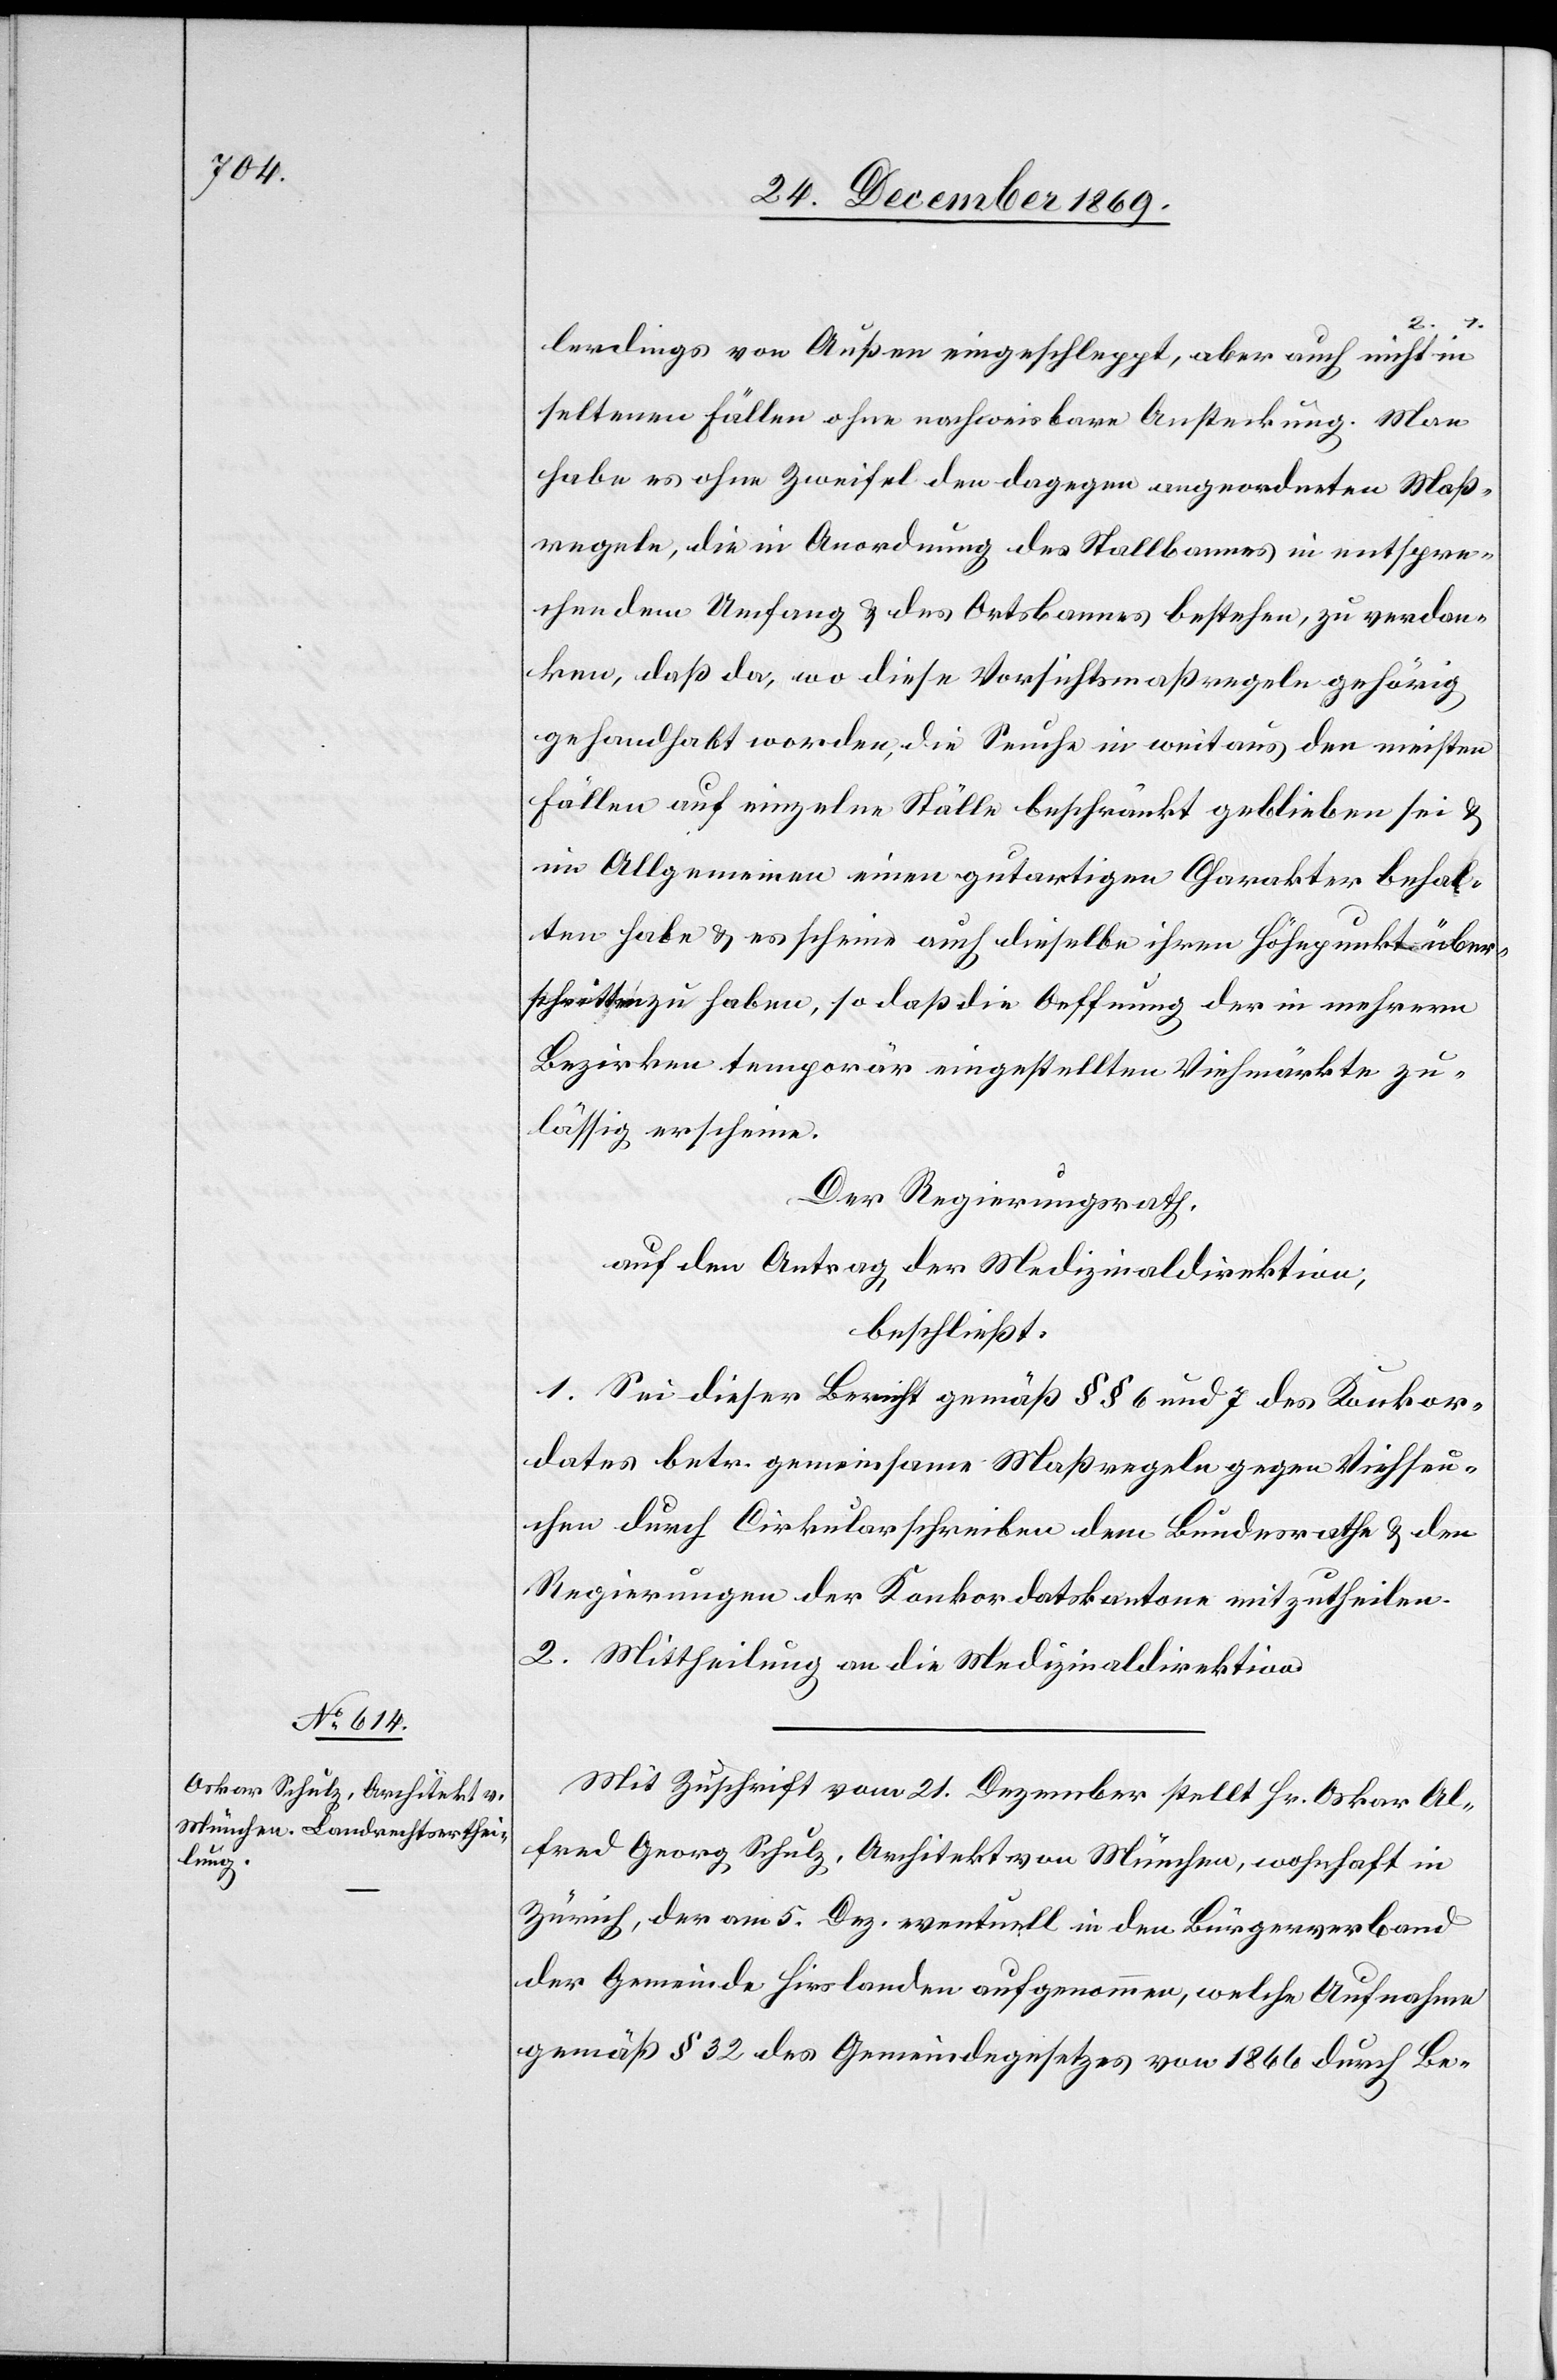
lerdings von Außen eingeschleppt, aber auch in nicht
seltenen Fällen ohne nachweisbare Ansteckung. Man
habe es ohne Zweifel den dagegen angeordneten Maß¬
regeln, die in Anordnung des Stallbannes in entspre¬
chendem Umfang & des Ortsbannes bestehen, zu verdan¬
ken, daß da, wo diese Vorsichtsmaßregeln gehörig
gehandhabt worden, die Seuche in weitaus den meisten
Fällen auf einzelne Ställe beschränkt geblieben sei &
im Allgemeinen einen gutartigen Charakter behal¬
ten habe & es scheine auch dieselbe ihren Höhepunkt über¬
schritten zu haben, so daß die Oeffnung der in mehrern
Bezirken temporär eingestellten Viehmärkte zu¬
lässig erscheine.
Der Regierungsrath
auf den Antrag der Medizinaldirektion,
beschließt:
1. Sei dieser Bericht gemäß §§ 6 und 7 des Konkor¬
dates betr. gemeinsame Maßregeln gegen Viehseu¬
chen durch Cirkularschreiben dem Bundesrathe & den
Regierungen der Konkordatskantone mitzutheilen.
2. Mittheilung an die Medizinaldirektion.
Mit Zuschrift vom 21. Dezember stellt Hr. Oskar Al¬
fred Georg Schulz, Architekt von München, wohnhaft in
Zürich, der am 5. Dez. eventuell in den Bürgerverband
der Gemeinde Hirslanden aufgenommen, welche Aufnahme
gemäß § 32 des Gemeindegesetzes von 1866 durch Be-